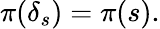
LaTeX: \pi(\delta_{s})=\pi(s).